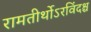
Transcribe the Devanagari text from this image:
रामतीर्थोऽरविंदश्च